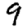
Digit: 9